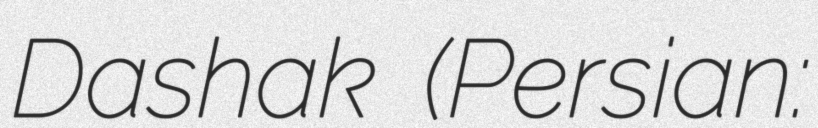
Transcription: Dashak (Persian: